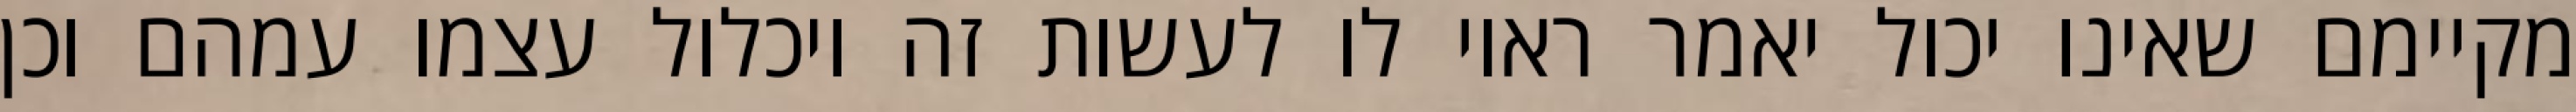
מקיימם שאינו יכול יאמר ראוי לו לעשות זה ויכלול עצמו עמהם וכן